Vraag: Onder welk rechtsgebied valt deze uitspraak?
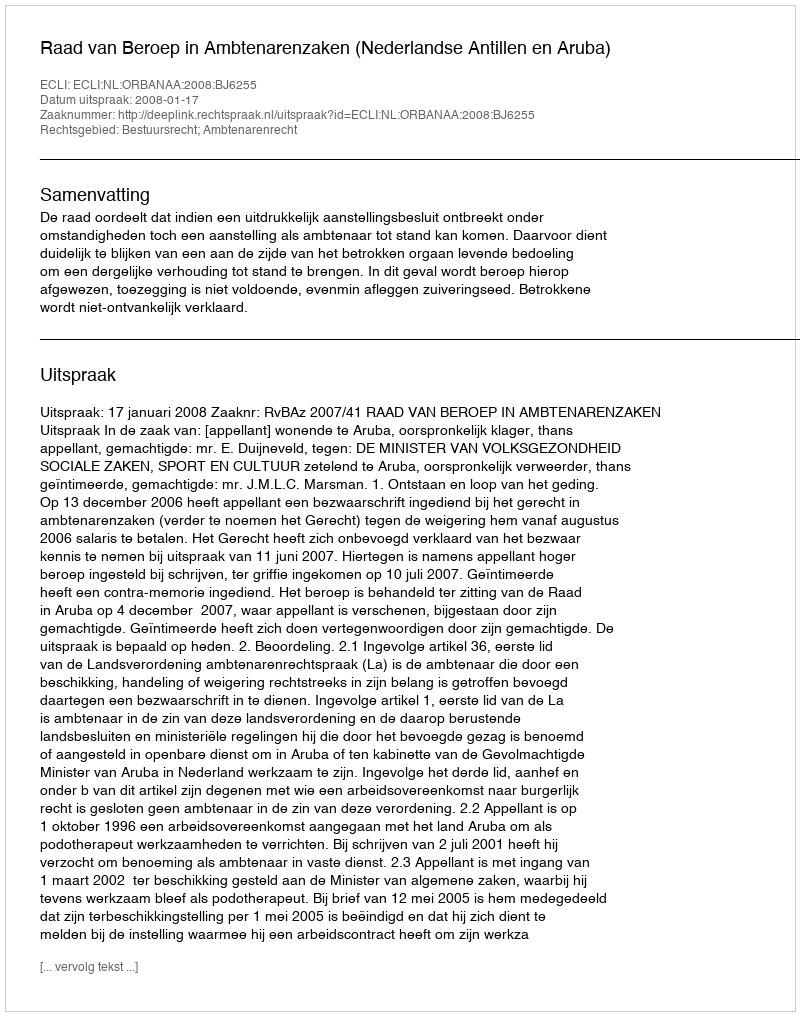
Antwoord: Bestuursrecht; Ambtenarenrecht